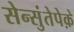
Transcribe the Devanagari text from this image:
सेन्सुंतेपेक़े